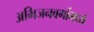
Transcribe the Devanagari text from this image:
अभिजनवर्गामध्ये